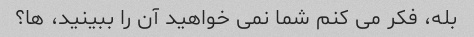
بله، فکر می کنم شما نمی خواهید آن را ببینید، ها؟